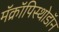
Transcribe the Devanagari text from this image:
मॅक्रॉपिस्थोडॉन